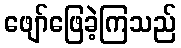
ဖျော်ဖြေခဲ့ကြသည်